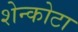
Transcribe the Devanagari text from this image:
शेन्कोटा